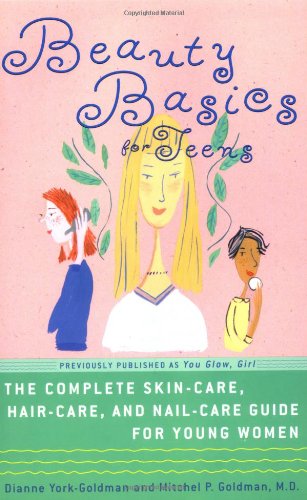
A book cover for Beauty Basics for Teens: The Complete Skin-care, Hair-care, and Nail-care Guide for Young Women; Dianne York-Goldman; Teen & Young Adult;